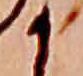
か